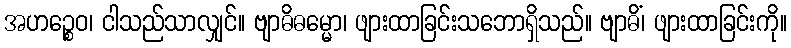
အဟဉ္စေဝ၊ ငါသည်သာလျှင်။ ဗျာဓိဓမ္မော၊ ဖျားထာခြင်းသဘောရှိသည်။ ဗျာဓိံ၊ ဖျားထာခြင်းကို။